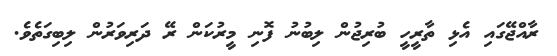
ރާއްޖޭގައި އެޅި ތާރީހީ ބުރިޖުން ލިބުނު ފޮނި މީރުކަން ރޭ ދަރިވަރުން ލިބިގަތެވެ.